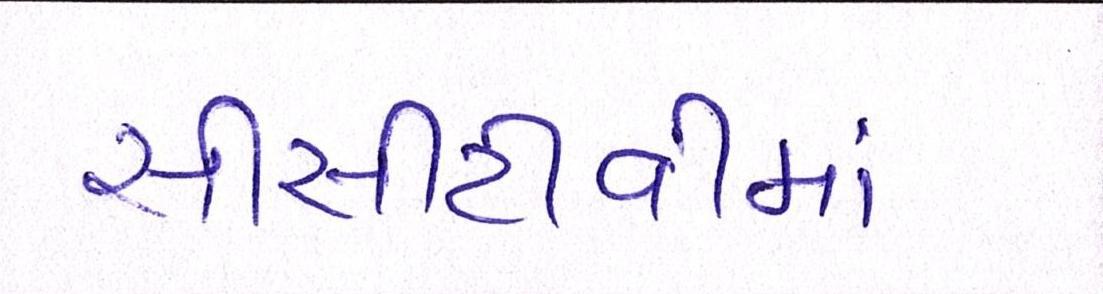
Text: સીસીટીવીમાં